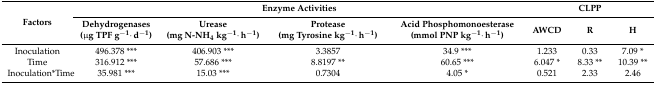
<table><thead><tr><td rowspan="2"><b>Factors</b></td><td colspan="4"><b>Enzyme Activities</b></td><td colspan="3"><b>CLPP</b></td></tr><tr><td><b>Dehydrogenases (μg TPF g<sup>−1</sup>·d<sup>−1</sup>)</b></td><td><b>Urease (mg N-NH<sub>4</sub> kg<sup>−1</sup>·h<sup>−1</sup>)</b></td><td><b>Protease (mg Tyrosine kg<sup>−1</sup>·h<sup>−1</sup>)</b></td><td><b>Acid Phosphomonoesterase (mmol PNP kg<sup>−1</sup>·h<sup>−1</sup>)</b></td><td><b>AWCD</b></td><td><b>R</b></td><td><b>H</b></td></tr></thead><tbody><tr><td>Inoculation</td><td>496.378 ***</td><td>406.903 ***</td><td>3.3857</td><td>34.9 ***</td><td>1.233</td><td>0.33</td><td>7.09 *</td></tr><tr><td>Time</td><td>316.912 ***</td><td>57.686 ***</td><td>8.8197 **</td><td>60.65 ***</td><td>6.047 *</td><td>8.33 **</td><td>10.39 **</td></tr><tr><td>Inoculation*Time</td><td>35.981 ***</td><td>15.03 ***</td><td>0.7304</td><td>4.05 *</td><td>0.521</td><td>2.33</td><td>2.46</td></tr></tbody></table>